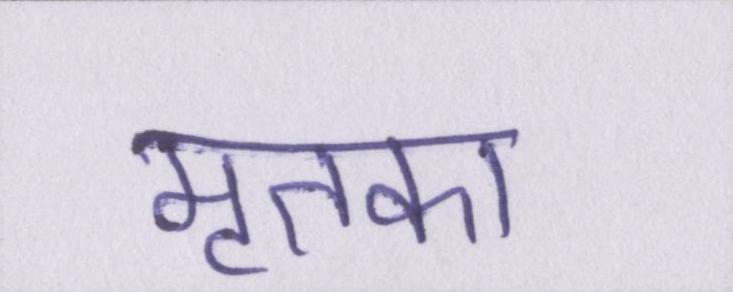
मृतका